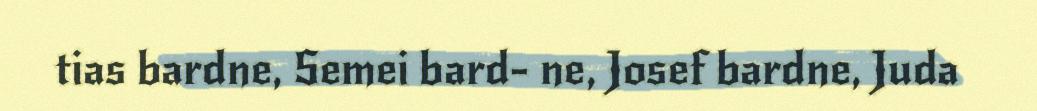
tias bardne, Semei bard- ne, Josef bardne, Juda